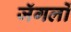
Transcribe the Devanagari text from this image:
जॅगलों